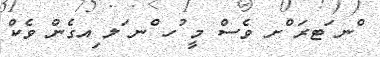
ްނ ަޓރަ ްށ ވެސް މީ ުހ ްނ ަލ ިއގެން ވެކް